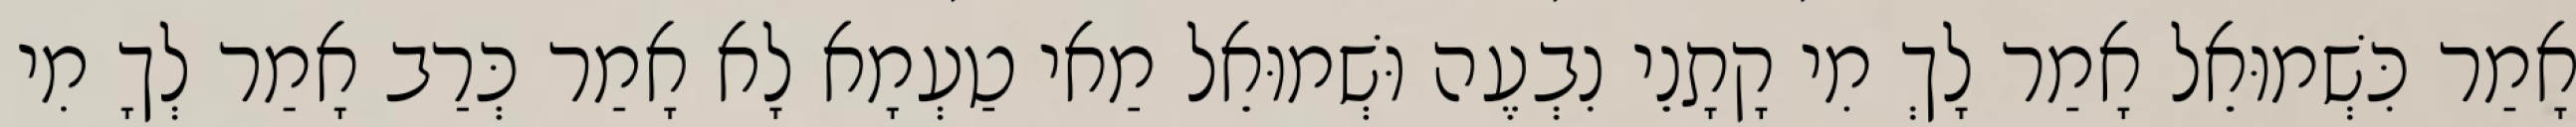
אָמַר כִּשְׁמוּאֵל אָמַר לָךְ מִי קָתָנֵי נִבְעֶה וּשְׁמוּאֵל מַאי טַעְמָא לָא אָמַר כְּרַב אָמַר לְךָ מִי